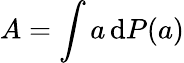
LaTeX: A=\int a\, \mathrm{d}P(a)